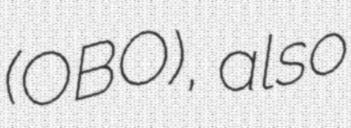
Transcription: (OBO), also